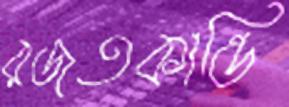
রজতকান্তি